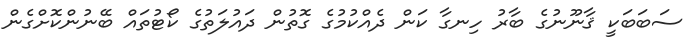
ސަބަބަކީ ޤާނޫނުގެ ބާރު ހިނގާ ކަން ދެއްކުމުގެ ގޮތުން ދައުލަތުގެ ކޯޓުތައް ބޭނުންކޮށްގެން